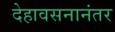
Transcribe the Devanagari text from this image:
देहावसनानंतर